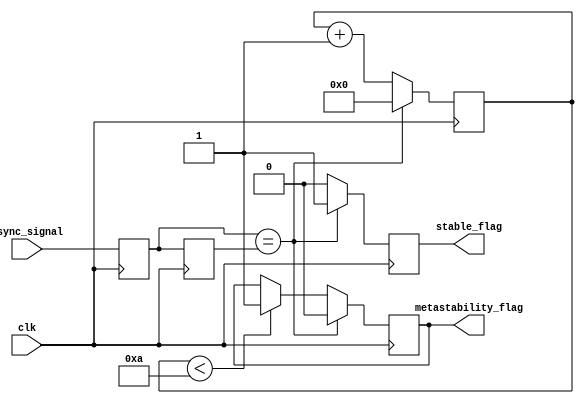
module metastability_detector (
    input wire clk,            // Clock signal
    input wire async_signal,   // Asynchronous signal to be monitored
    output reg metastability_flag, // Flag indicating metastability
    output reg stable_flag      // Flag indicating stable state
);

// Latch outputs
reg latch1_out;
reg latch2_out;

// Parameters to define metastability detection criteria
parameter METASTABLE_THRESHOLD = 10; // Threshold for metastability detection (in clock cycles)

// Internal counter for metastability detection
reg [3:0] metastable_counter; // 4-bit counter to count cycles

// Initial conditions
initial begin
    latch1_out = 1'b0;
    latch2_out = 1'b0;
    metastability_flag = 1'b0;
    stable_flag = 1'b0;
    metastable_counter = 0;
end

// First latch: sample the asynchronous input signal
always @(posedge clk) begin
    latch1_out <= async_signal; // Capture asynchronous signal
end

// Second latch: sample the output of the first latch
always @(posedge clk) begin
    latch2_out <= latch1_out; // Capture the first latch output
end

// Metastability detection logic
always @(posedge clk) begin
    // Check if the output of the first latch is stable
    if (latch1_out == latch2_out) begin
        // Reset the metastability counter if outputs are stable
        metastable_counter <= 0;
        metastability_flag <= 1'b0;
        stable_flag <= 1'b1; // Set stable flag as the output is stable
    end else begin
        // Increment the metastability counter
        metastable_counter <= metastable_counter + 1;
        metastability_flag <= (metastable_counter < METASTABLE_THRESHOLD) ? 1'b1 : metastability_flag;
        stable_flag <= 1'b0; // Clear stable flag since output is not stable
    end
end

endmodule